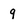
Character: 9